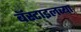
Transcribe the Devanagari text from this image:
बॅस्टाइलच्या